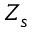
Z _ { s }